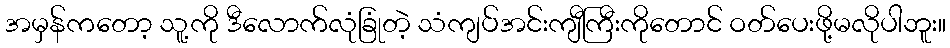
အမှန်ကတော့ သူ့ကို ဒီလောက်လုံခြုံတဲ့ သံကျပ်အင်းကျီကြီးကိုတောင် ဝတ်ပေးဖို့မလိုပါဘူး။